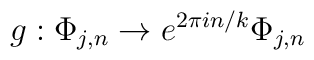
g: \Phi_{j,n} \to e^{2 \pi i n/k} \Phi_{j,n}